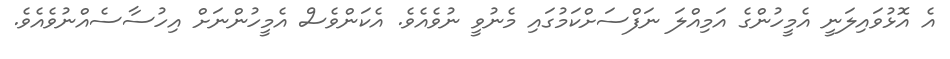
އެ އޮޅުވައިލަނީ އެމީހުންގެ އަމިއްލަ ނަފްސަށްކަމުގައި މެނުވީ ނުވެއެވެ. އެކަންވެސް އެމީހުންނަށް އިހުސާސެއްނުވެއެވެ.